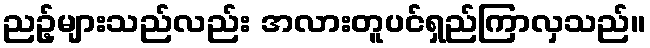
ညဥ့်များသည်လည်း အလားတူပင်ရှည်ကြာလှသည်။